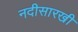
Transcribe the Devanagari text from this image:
नदीसारखी